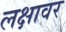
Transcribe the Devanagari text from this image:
लक्षावर